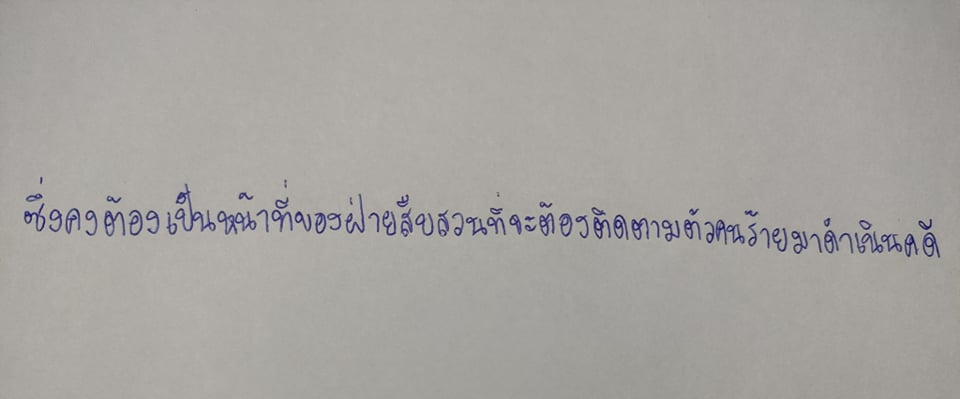
ซึ่งคงต้องเป็นหน้าที่ของฝ่ายสืบสวนที่จะต้องติดตามตัวคนร้ายมาดำเนินคดี